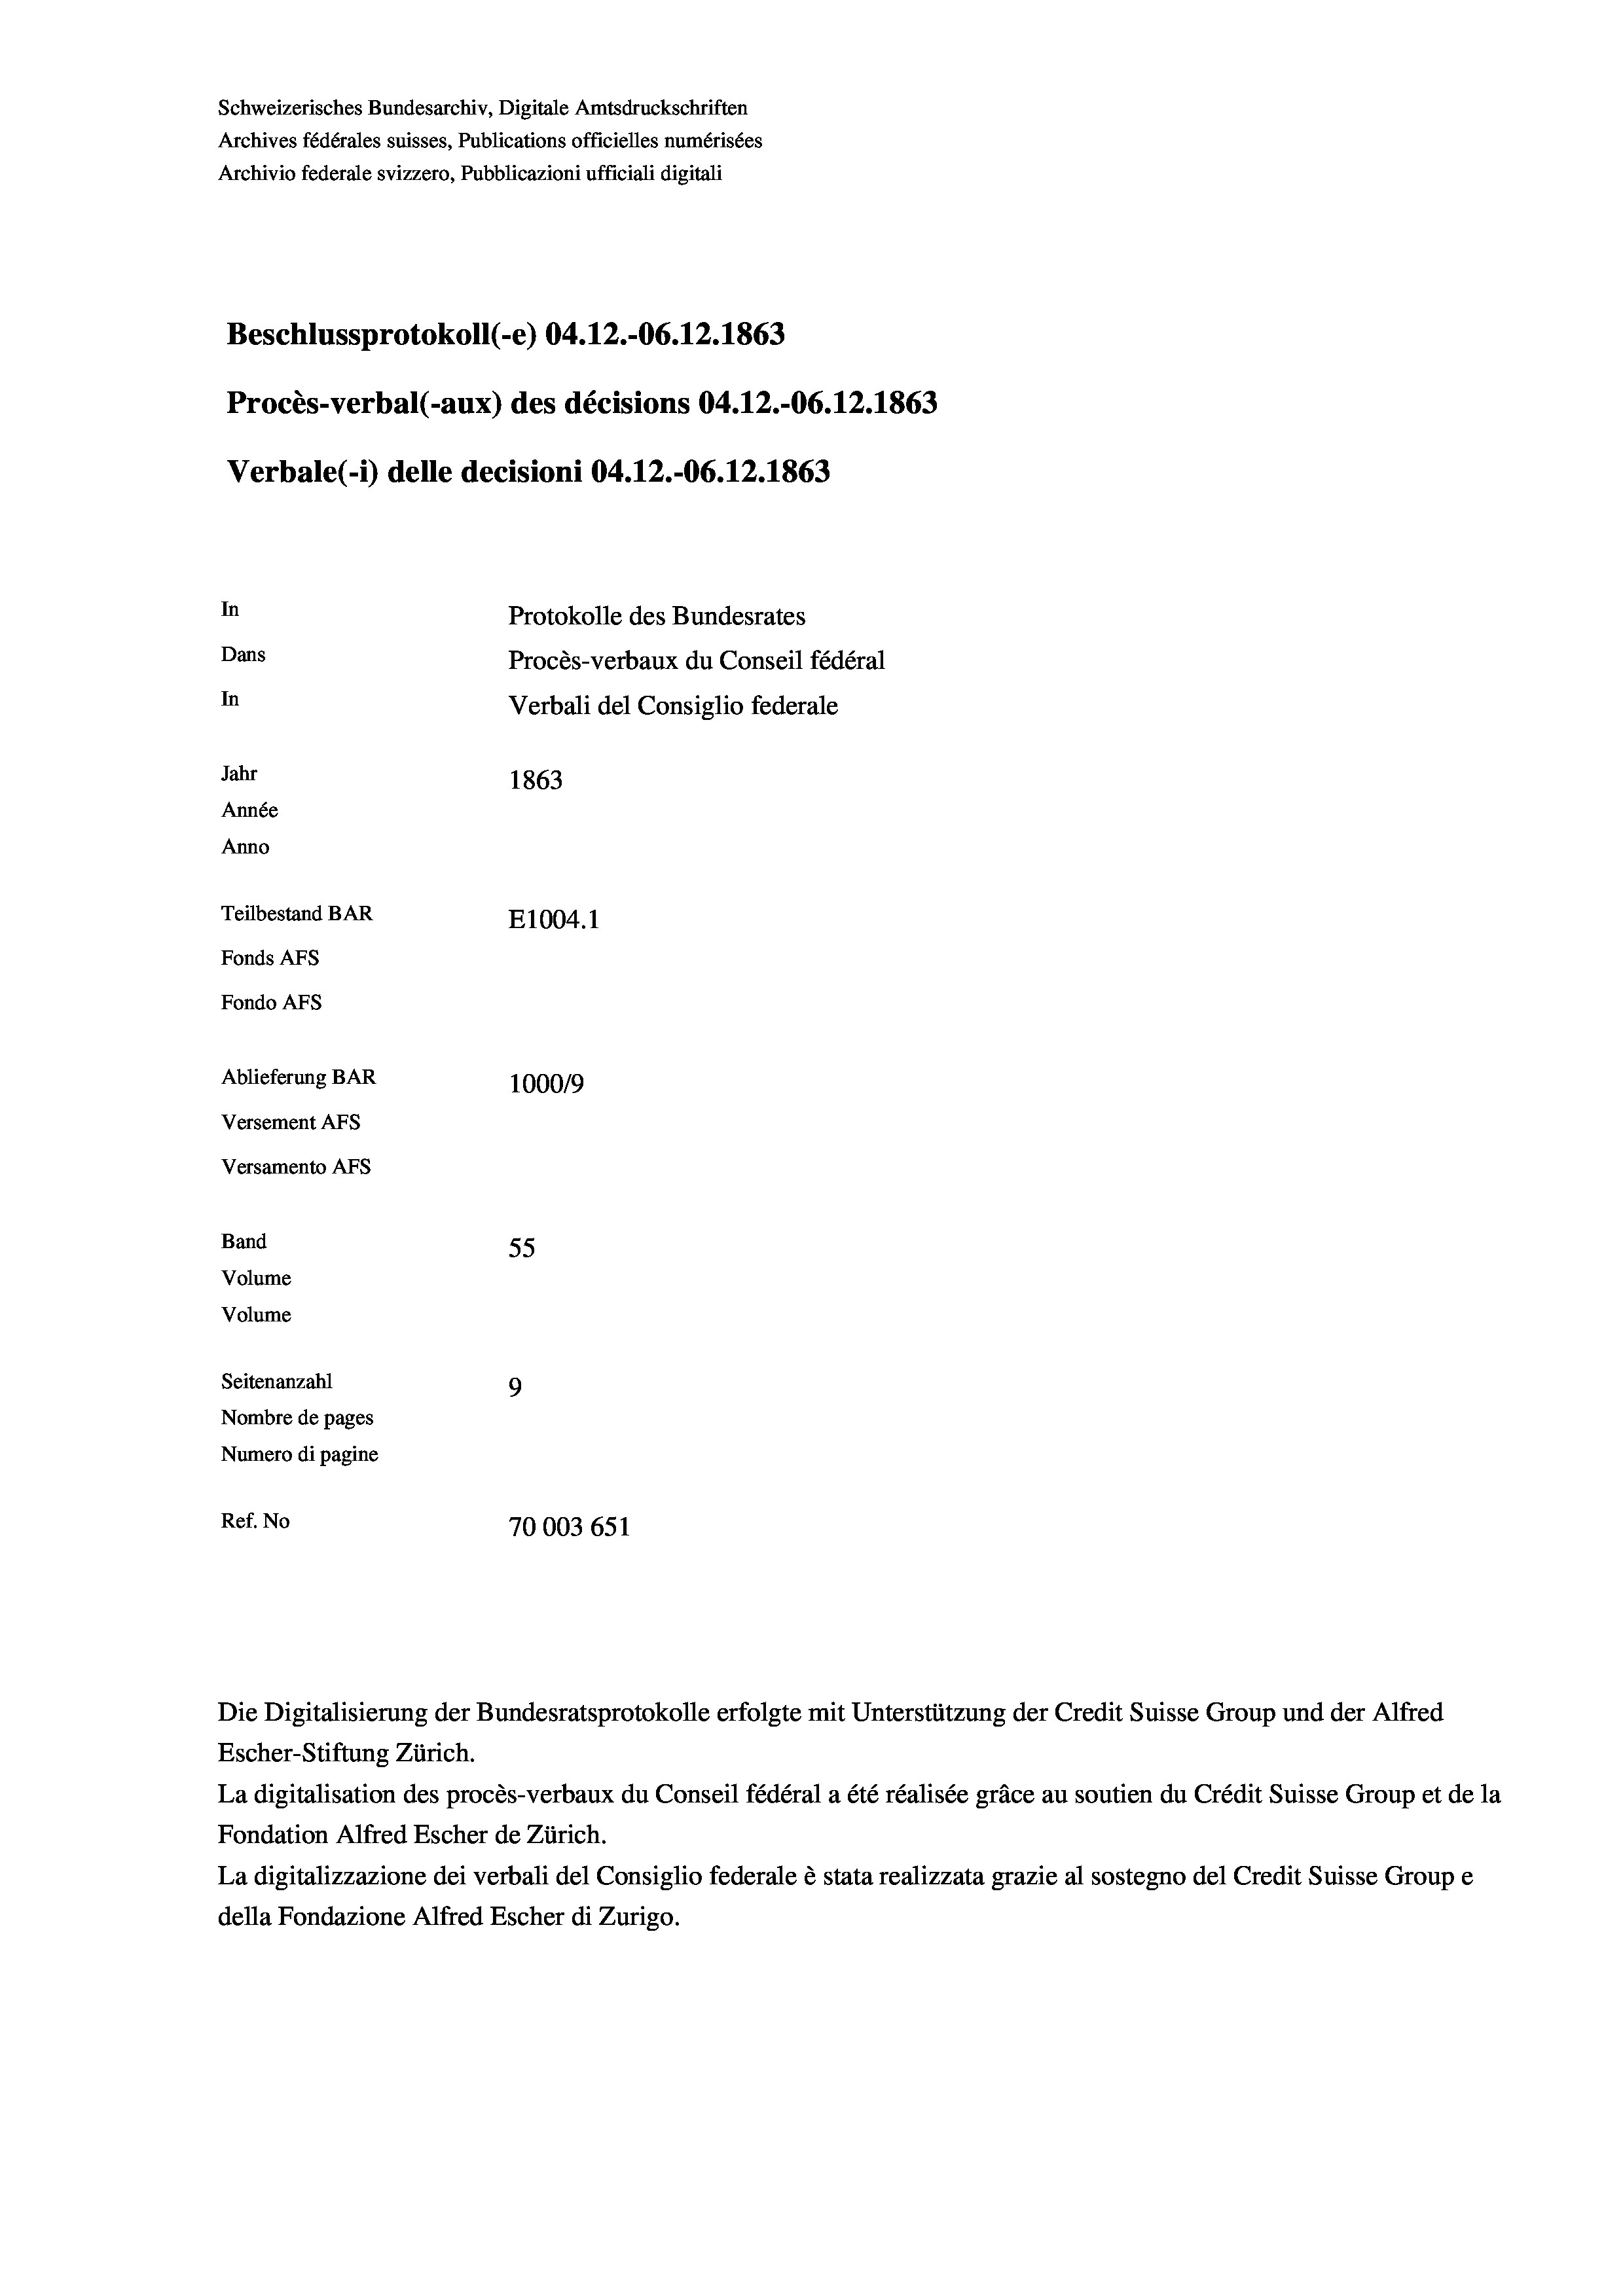
Schweizerisches Bundesarchiv, Digitale Amtsdruckschriften
Archives fédérales suisses, Publications officielles numérisées
Archivio federale svizzero, Pubblicazioni ufficiali digitali
Beschlussprotokoll (-e) 04.12.-06. 12. 1863
Procès-verbal (-aux) des décisions 04.12.-06. 12. 1863
Verbale (- 1) delle decisioni 04.12.-06. 12. 1863
In
Protokolle des Bundesrates
Dans
Procès-verbaux du Conseil fédéral
In
Verbali del Consiglio federale
Jahr
1863
Année
Anno
Teilbestand BAR
E1004.1
Fonds AFs
Fondo AFs
Ablieferung BAR
1000/9
Versement AFs

Versamento AFs
Band
Volume
Volume

55
Seitenanzahl
9
Nombre de pages
Numero di pagine
Ref. No
70003 651

Escher-Stiftung Zürich.
La digitalisation des procès-verbaux du Conseil fédéral a été réalisée gräce au soutien du Crédit Suisse Group et de la
Fondation Alfred Escher de Zürich.
La digitalizzazione dei verbali del Consiglio federale è stata realizzata grazie al sostegno del Credit Suisse Groupe
della Fondazione Alfred Escher di Zurigo.

Die Digitalisierung der Bundesratsprotokolle erfolgte mit Unterstützung der Credit Suisse Group und der Alfred